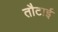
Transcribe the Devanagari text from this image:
तौटाई